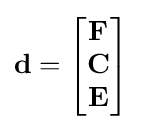
\mathbf {d} ={\begin{bmatrix}\mathbf {F} \\\mathbf {C} \\\mathbf {E} \end{bmatrix}}